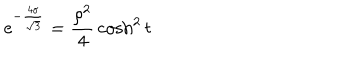
LaTeX: \mathrm { e } ^ { - { \frac { 4 \sigma } { \sqrt { 3 } } } } = { \frac { \rho ^ { 2 } } { 4 } } \cosh ^ { 2 } t